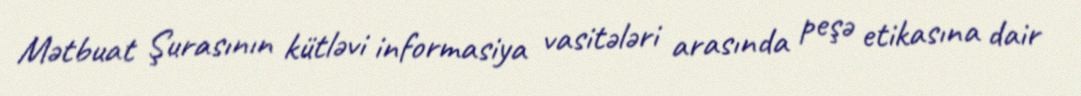
Mətbuat Şurasının kütləvi informasiya vasitələri arasında peşə etikasına dair